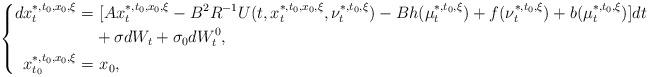
LaTeX: \begin{align*}\left\{\begin{aligned}dx_t^{*,t_0,x_0,\xi}=&~[Ax_t^{*,t_0,x_0,\xi}-B^2R^{-1}U(t,x_t^{*,t_0,x_0,\xi},\nu_t^{*,t_0,\xi})-Bh(\mu_t^{*,t_0,\xi})+f(\nu_t^{*,t_0,\xi})+b(\mu_t^{*,t_0,\xi})]dt\\&+\sigma dW_t+\sigma_0dW^0_t,\\x_{t_0}^{*,t_0,x_0,\xi}=&~x_0,\end{aligned}\right.\end{align*}